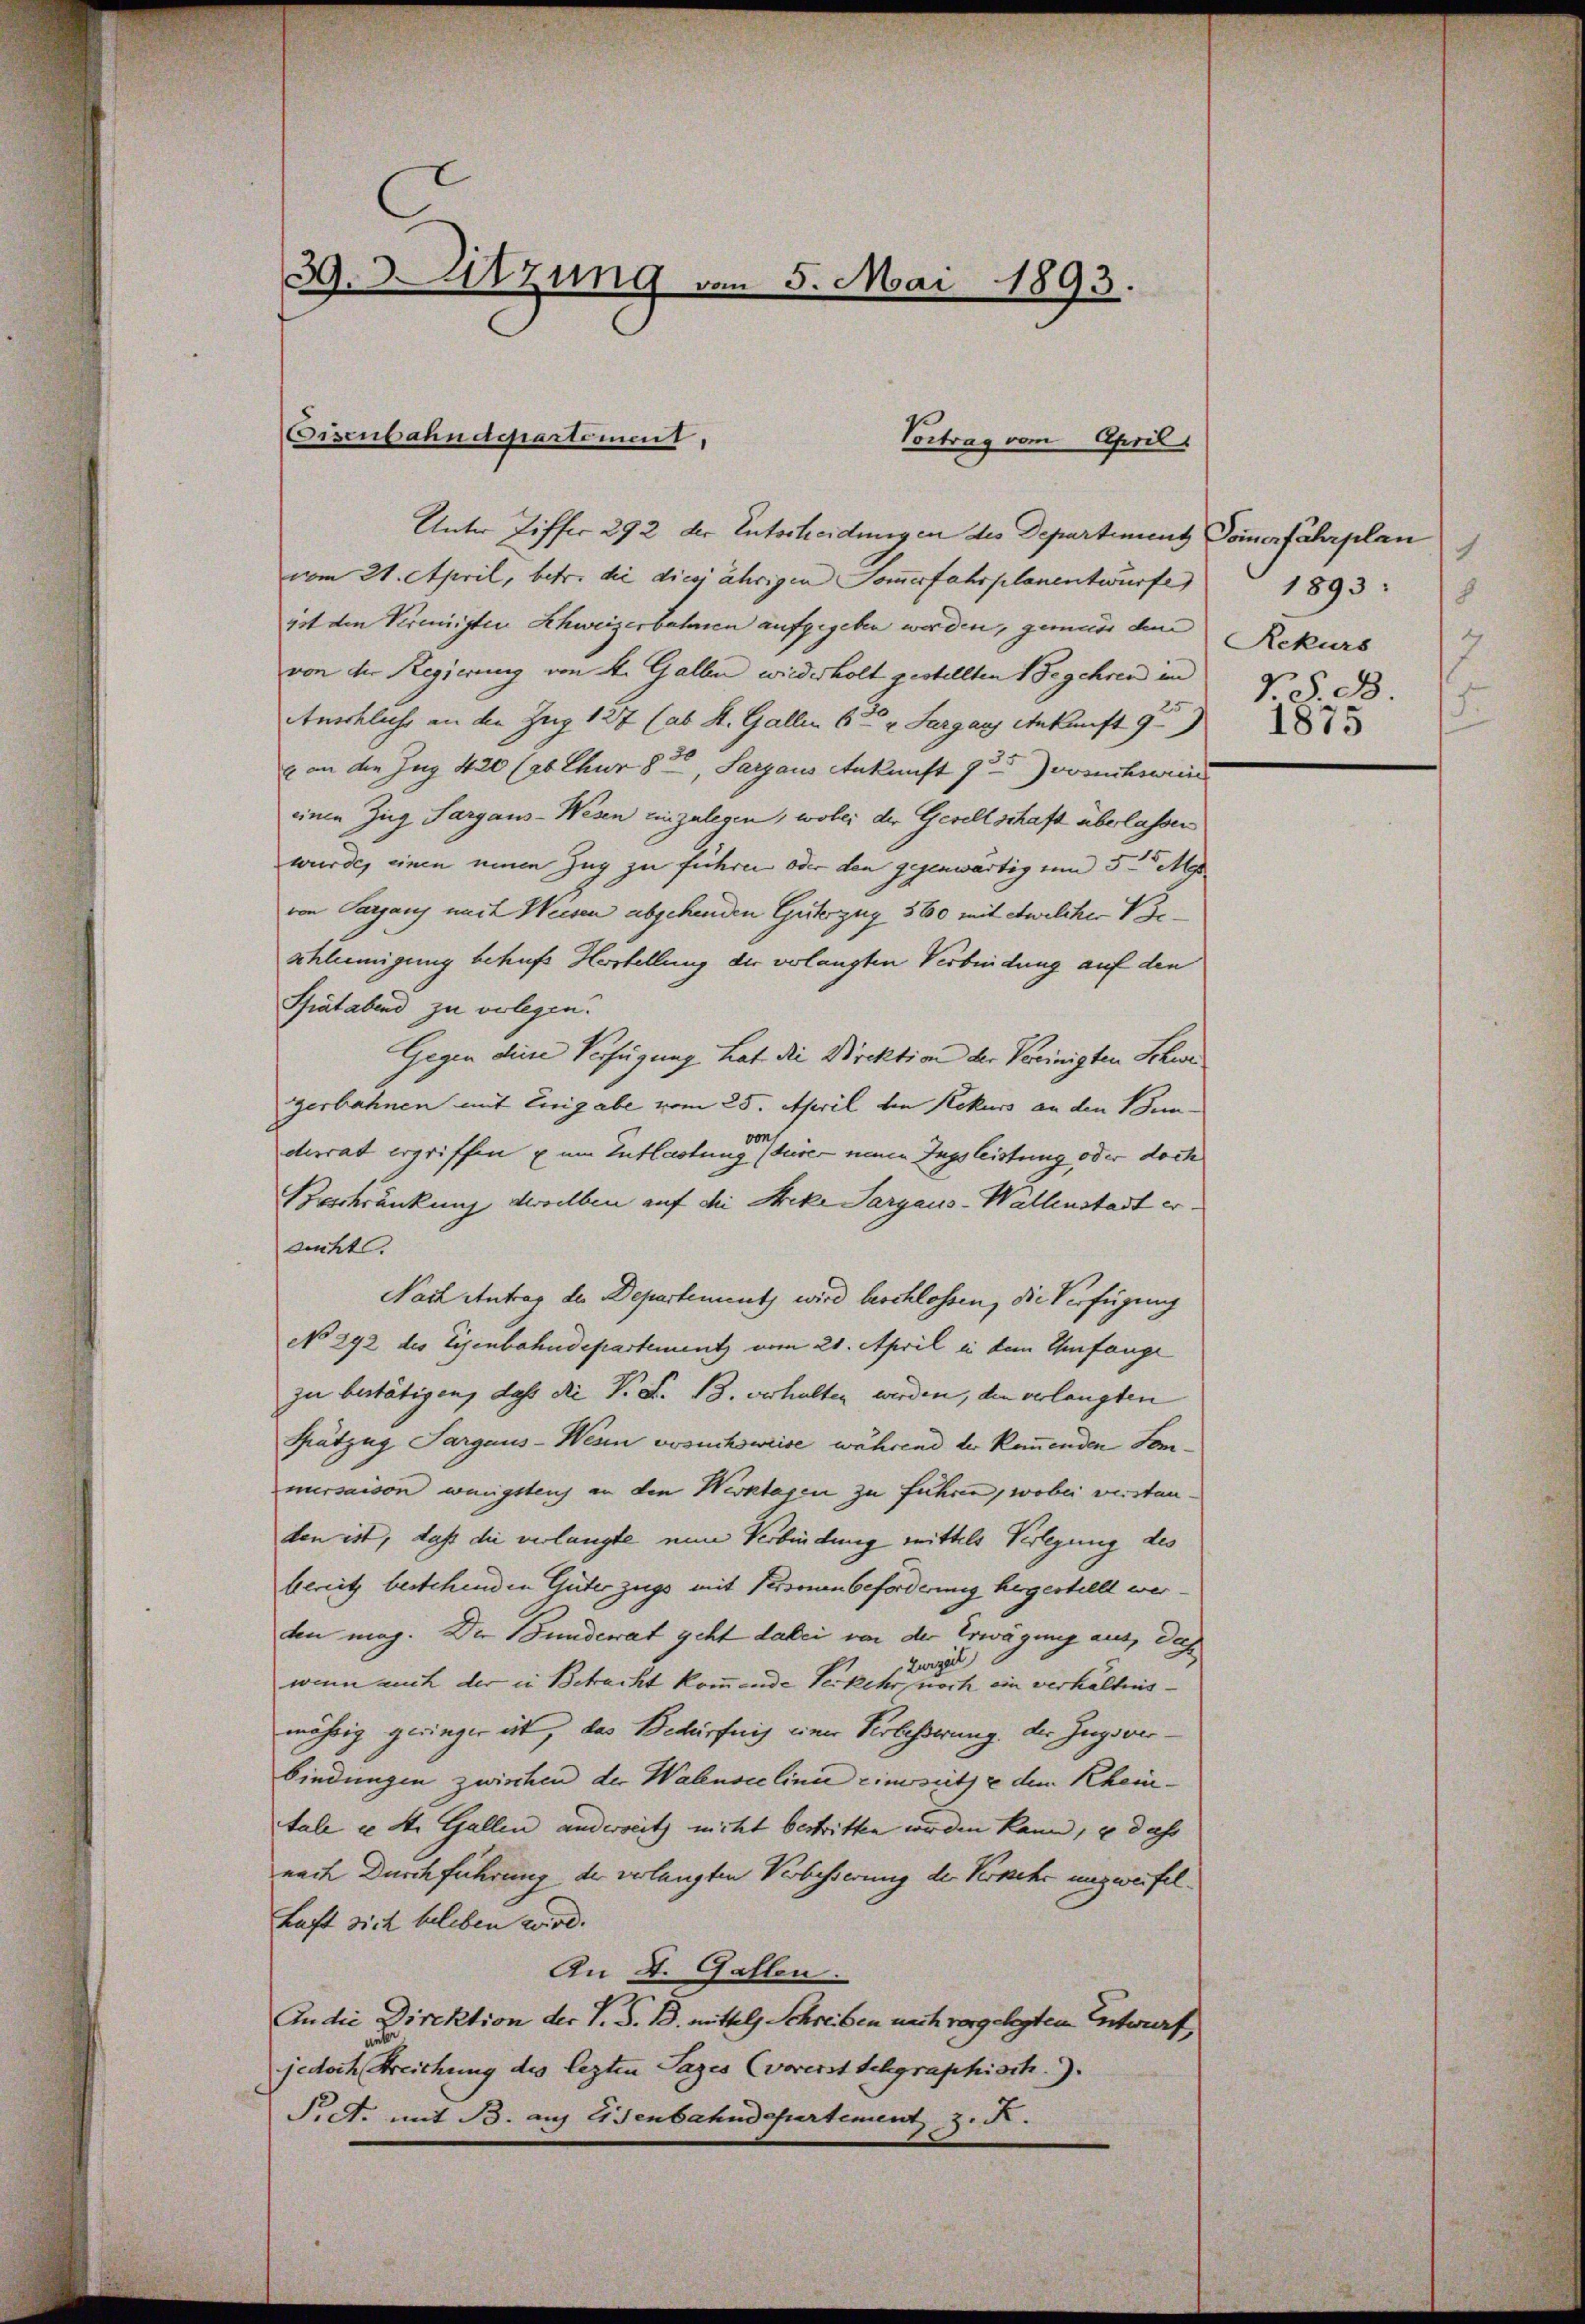
39. Sitzung vom 5. Mai 1893.

isenbahndepartement,

Vortrag vom April

Unter Ziffer 292 der Entscheidungen des Departement Dommerfahrplan
vom 21. April, betr. die diesjährigen Sommerfahrplanentwurfe
gst den Vereinigten Schweizerbahnen aufgegeben werden, gemein dem
von der Regierung von 4. Gallen wiederholt gestellten Begehren in
Anschlachs an den Zug 127 (ab St. Gallen 6te u. Sargau Ankunft 9
e an den Jng 420 (26 Chur 83, Sargaus Ankunft gesuchsweise
einen Zug Sargaus-Wesen einzulegen, wobei der Gesellschaft überlassen
wurde, einen neuen Zug zu führen oder den gegenwärtig um 5 M
von Sargaus mit Weisen abgehenden Güterzug 560 mit welcher V eschleemigung behufs Hertellung der verlangten Verbindung auf den
Spätabend zu verlegen.
Gegen diese Verfügung hat die Direktion der Vereinigten Schwegerbahnen mit Eingabe vom 25. April den Rekurs an den Bunderrat ergriffen zum Entlastung deser neuen Ingsleistung oder doch
Beschränkung derselben auf die Streke Sargaus-Wallenstadt er
sucht.
Nach Antrag der Departement wird beschlossen, die Verfügung
No 292 des Eisenbahndepartementz vom 21. April in dem Umfange
zu bestätigen, daß die P. F. 13. verhalten werden, den verlangten
Krätzig Sargaus-Wesen vorucksweise, während der Kammenden Sommersaison wenigsten an den Werktagen zu führen, wobei versten
den ist, daß die verlangte eine Verbindung mittels Verlegung des
bereitz bestehenden Güterzugs mit Personen beforderung hergestellt werten mag. Der Bunderat geht dabei von der Erwägung aus, das
Zurzel
wenn auch der in Betracht kommende Verkehr noch ein verhältnismährig geringer ist, das Bedürfnis einer Verbesserung der Zugsverbindungen zwischen der Walenseelina einersetze dem Rheintale in St. Gallen anderseits nicht bestritten werden kann, u dass
nach Durchführung der verlangten Verbesserung der Verkehr unzweifel¬
Laft sich beleben wird.
An 4. Gallen.
An die Direktion der V. S. B. mittels Schreiben nach vorgelegten Entwurf
jedoch Streichung des lezten Sages (vorerst Schgraphisch.
Pct. mit B. auf Eisenbahndepartement z. R.

.
1893:
8
Rekurs
7
V. S. B.
F.